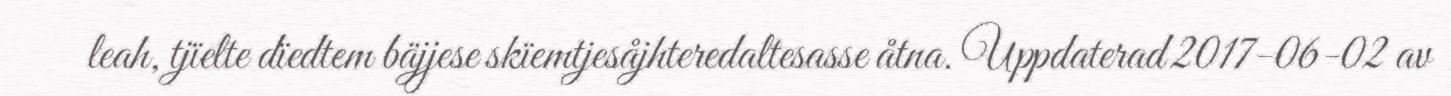
leah, tjïelte dïedtem bäjjese skïemtjesåjhteredaltesasse åtna. Uppdaterad 2017-06-02 av